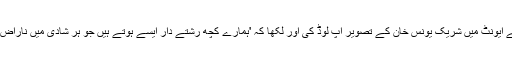
ایک صارف نے ایونٹ میں شریک یونس خان کے تصویر اپ لوڈ کی اور لکھا کہ 'ہمارے کچھ رشتے دار ایسے ہوتے ہیں جو ہر شادی میں ناراض ہی رہتے ہیں'۔